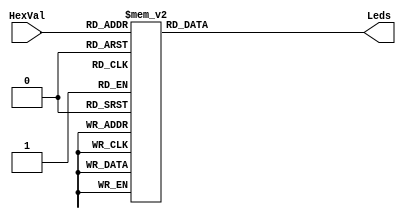
// Michael Pate
// Professor Chao Jiang
// EE 4490 HDL Design
// Homework 3 - September 23, 2021
// Hex27Seg.v

module Hex27Seg(Leds, HexVal);
    output [0:6] Leds;
    input [3:0] HexVal;
    reg [0:6] Leds;

    always @(HexVal)
    begin
        case (HexVal)
            4'b0000: Leds = 7'b1111110;
            4'b0001: Leds = 7'b0110000;
            4'b0010: Leds = 7'b1101101;
            4'b0011: Leds = 7'b1111001;
            4'b0100: Leds = 7'b0110011;
            4'b0101: Leds = 7'b1011011;
            4'b0110: Leds = 7'b1011111;
            4'b0111: Leds = 7'b1110000;
            4'b1000: Leds = 7'b1111111;
            4'b1001: Leds = 7'b1111011;
            4'b1010: Leds = 7'b1110111;
            4'b1011: Leds = 7'b0011111;
            4'b1100: Leds = 7'b1001110;
            4'b1101: Leds = 7'b0111101;
            4'b1110: Leds = 7'b1001111;
            4'b1111: Leds = 7'b1000111;
        endcase
    end


endmodule